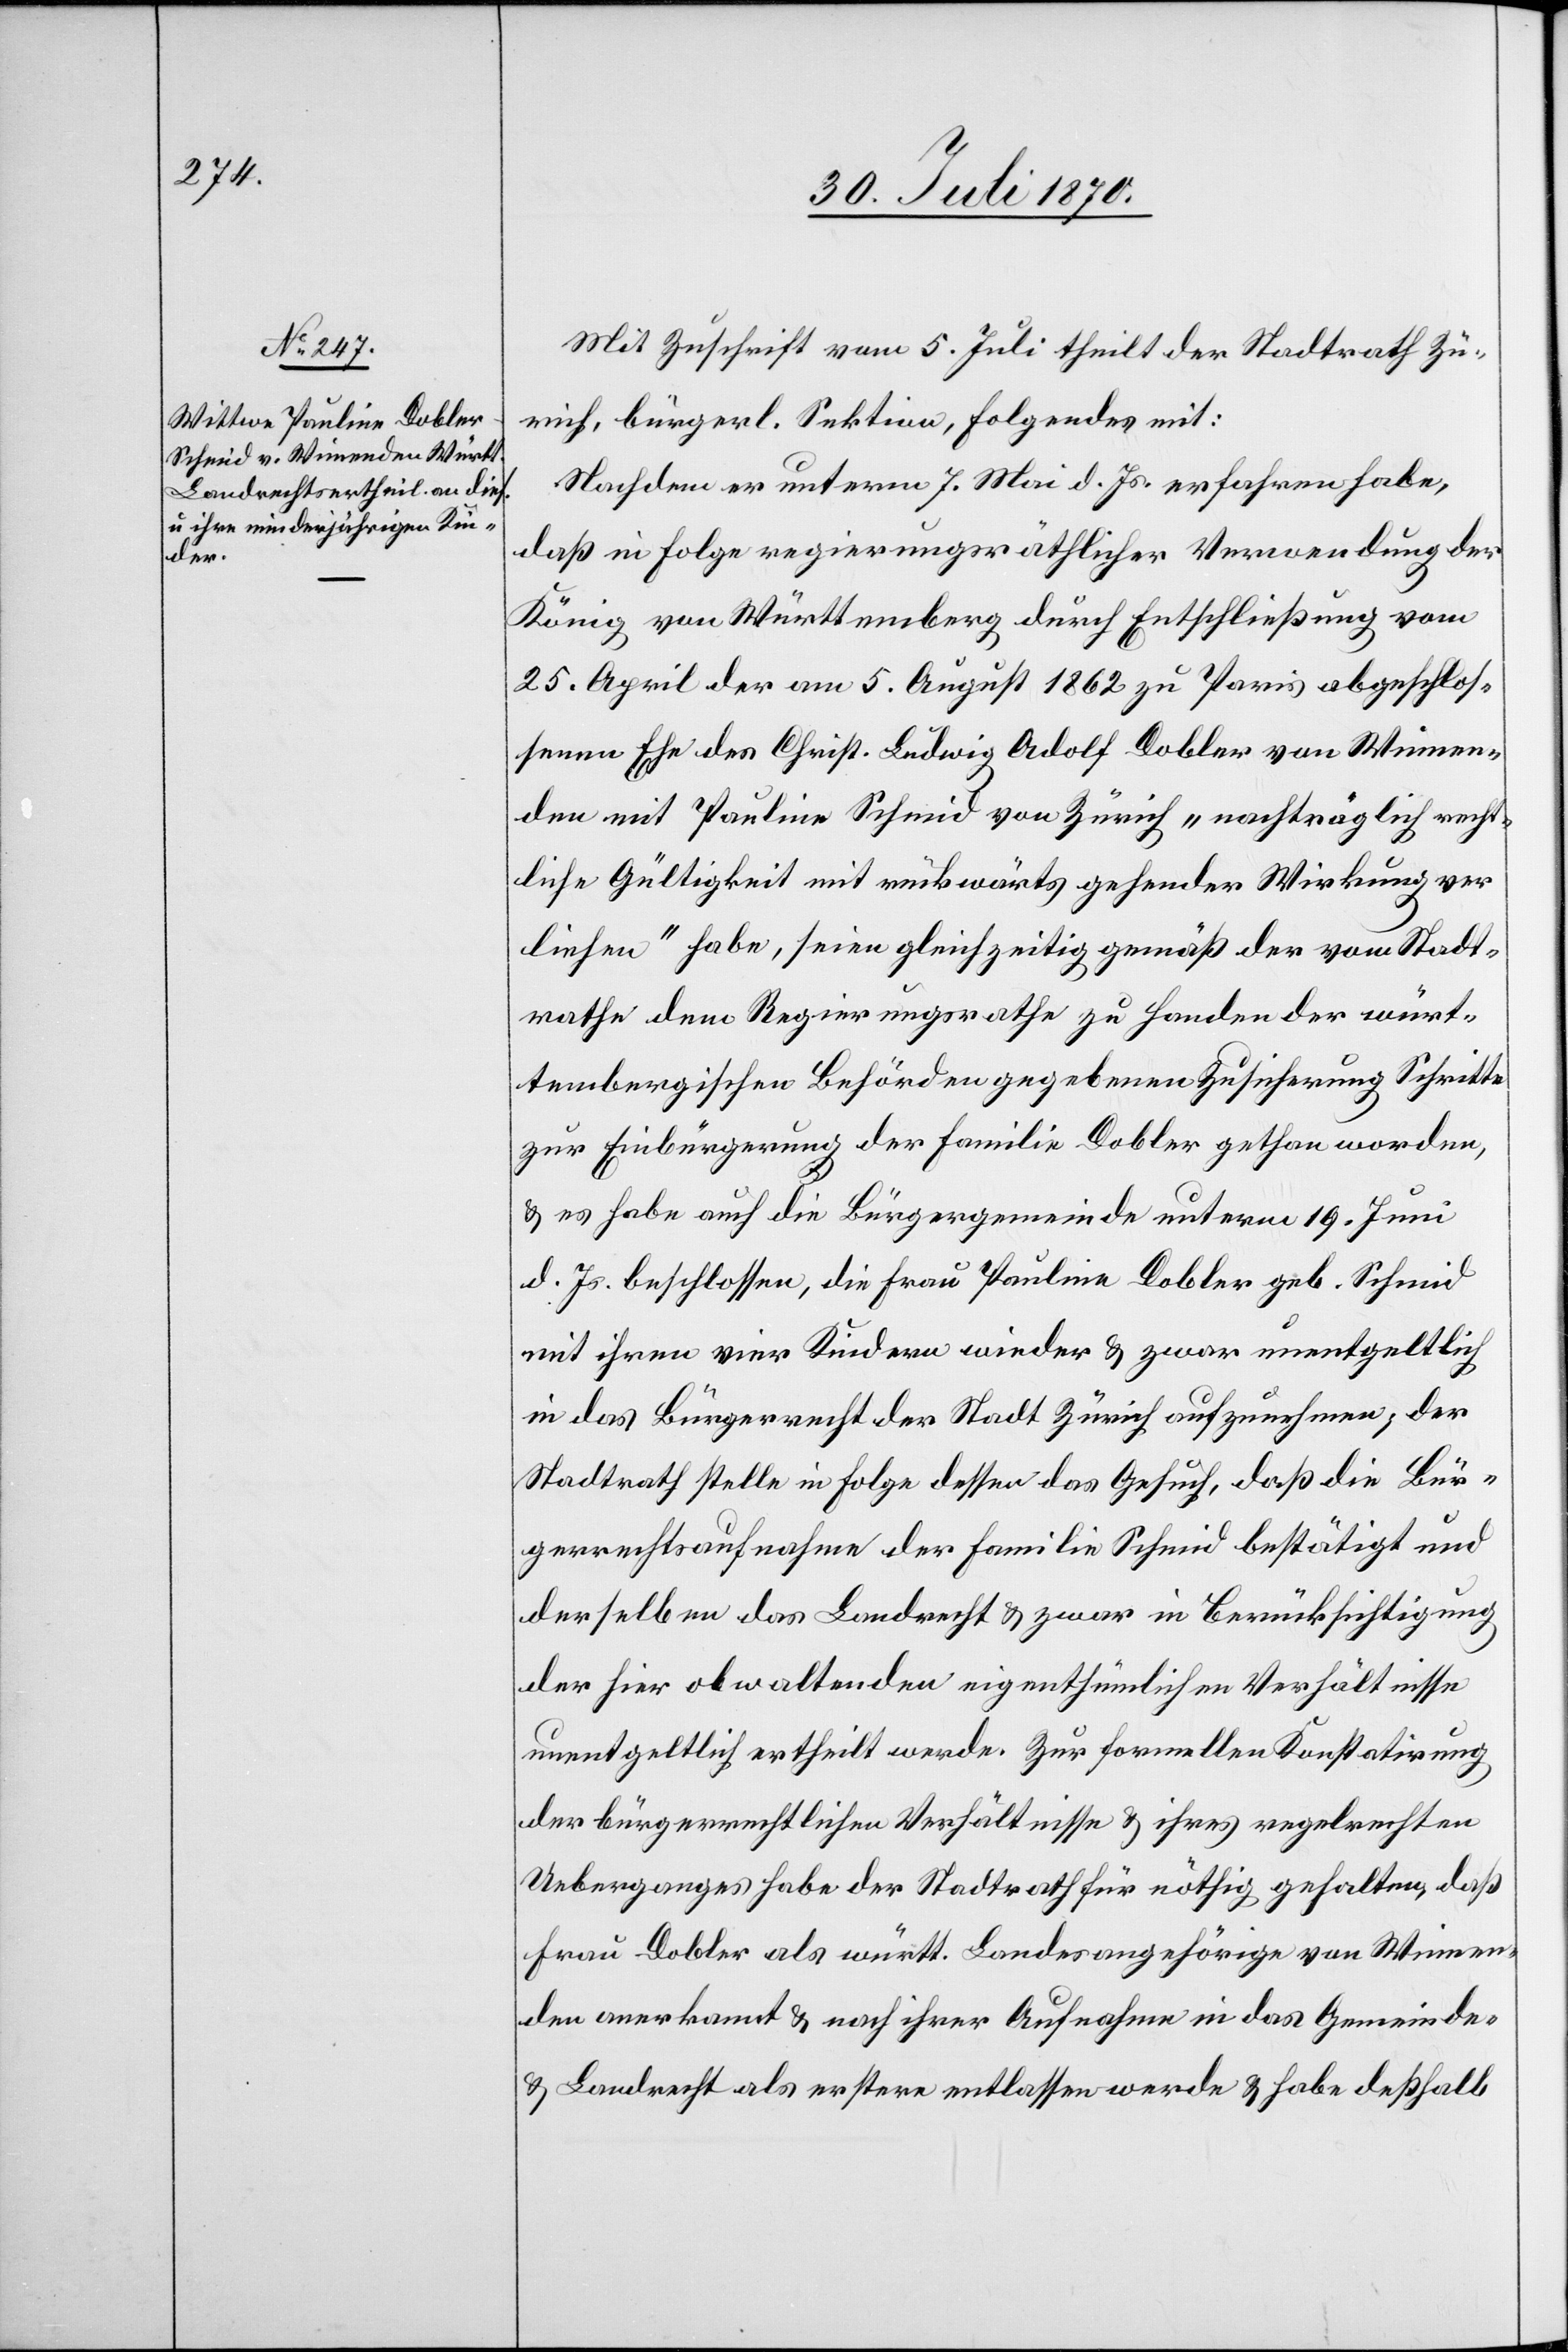
Mit Zuschrift vom 5. Juli theilt der Stadtrath Zü¬
rich, bürgerl. Sektion, folgendes mit:
Nachdem er unterm 7. Mai d. Js. erfahren habe,
daß in Folge regierungsräthlicher Verwendung der
König von Württemberg durch Entschließung vom
25. April der am 5. August 1862 zu Paris abgeschlos¬
senen Ehe des Christ. Ludwig Adolf Dobler von Winnen¬
den mit Pauline Schmid von Zürich „nachträglich recht¬
liche Gültigkeit mit rückwärts gehender Wirkung ver¬
liehen“ habe, seien gleichzeitig gemäß der vom Stadt¬
rathe dem Regierungsrathe zu Handen der würt¬
tembergischen Behörden gegebenen Zusicherung Schritte
zur Einbürgerung der Familie Dobler gethan worden,
& es habe auch die Bürgergemeinde unterm 19. Juni
d. Js. beschlossen, die Frau Pauline Dobler geb. Schmid
mit ihren vier Kindern wieder & zwar unentgeltlich
in das Bürgerrecht der Stadt Zürich aufzunehmen; der
Stadtrath stelle in Folge dessen das Gesuch, daß die Bür¬
gerrechtsaufnahme der Familie Schmid bestätigt und
derselben das Landrecht & zwar in Berücksichtigung
der hier obwaltenden eigenthümlichen Verhältnisse
unentgeltlich ertheilt werde. Zur formellen Konstatirung
der bürgerrechtlichen Verhältnisse & ihres regelrechten
Ueberganges habe der Stadtrath für nöthig gehalten, daß
Frau Dobler als württ. Landesangehörige von Winnen¬
den anerkannt & nach ihrer Aufnahme in das Gemeinde-
& Landrecht als erstere entlassen werde & habe deßhalb